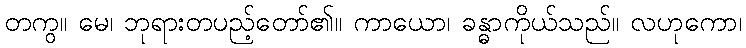
တကွ။ မေ၊ ဘုရားတပည့်တော်၏။ ကာယော၊ ခန္ဓာကိုယ်သည်။ လဟုကော၊